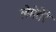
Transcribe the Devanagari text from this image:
लेमेतैरे